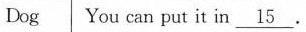
Dog You can put it in \underline{15} .